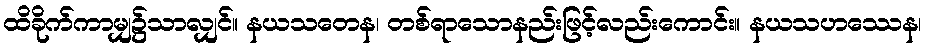
ထိခိုက်ကာမျှ၌သာလျှင်။ နယသတေန၊ တစ်ရာသောနည်းဖြင့်လည်းကောင်း။ နယသဟဿေန၊